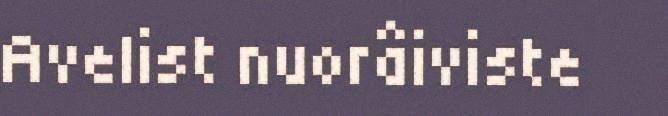
Avelist nuorâiviste